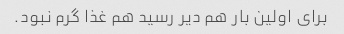
برای اولین بار هم دیر رسید هم غذا گرم نبود.